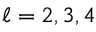
\ell = 2 , 3 , 4